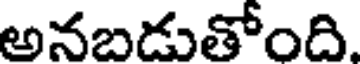
అనబడుతోంది.